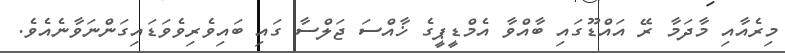
މިރެއާއި މާދަމާ ރޭ އައްޑޫގައި ބާއްވާ އެމްޑީޕީގެ ޚާއްސަ ޖަލްސާ ގައި ބައިވެރިވެވަޑައިގަންނަވާނެއެވެ.